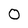
Character: 0